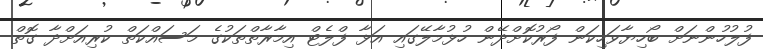
ފުލުހުންނަށް ބޯހިޔާވަހިކަން ފޯރުކޮށްދޭން ހުޅުމާލޭގައި އަޅާ ފްލެޓް އިމާރާތްތަކުގެ މަސައްކަތް ކުރިއަށްދާ ގޮތް